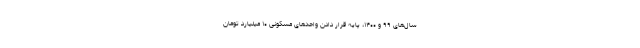
سال‌های ۹۹ و ۱۴۰۰، پایه قرار دادن واحدهای مسکونی ۱۰ میلیارد تومان